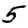
Digit: 5